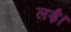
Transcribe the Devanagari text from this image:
लड़ै।